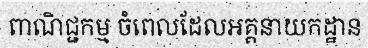
ពាណិជ្ជកម្ម ចំពេលដែលអគ្គនាយកដ្ឋាន